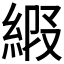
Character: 𦀩